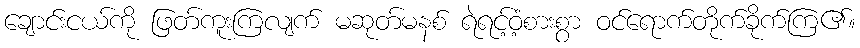
ချောင်းငယ်ကို ဖြတ်ကူးကြလျက် မဆုတ်မနစ် ရဲရင့်ဝံ့စားစွာ ဝင်ရောက်တိုက်ခိုက်ကြ၏။